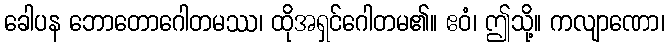
ခေါပန ဘောတောဂေါတမဿ၊ ထိုအရှင်ဂေါတမ၏။ ဧဝံ၊ ဤသို့။ ကလျာဏော၊